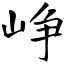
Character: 峥